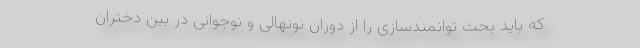
که باید بحث توانمندسازی را از دوران نونهالی و نوجوانی در بین دختران